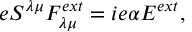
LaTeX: e S ^ { { \lambda } { \mu } } F _ { { \lambda } { \mu } } ^ { e x t } = i e { \alpha } { \cal E } ^ { e x t } ,